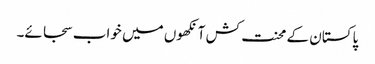
پاکستان کے محنت کش آنکھوں میں خواب سجائے۔